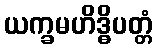
ယက္ခမဟိဒ္ဓိပတ္တံ